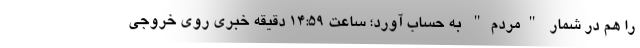
را هم در شمار "مردم" به حساب آورد؛ ساعت ۱۴:۵۹ دقیقه خبری روی خروجی